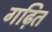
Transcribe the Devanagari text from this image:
गढ़ित